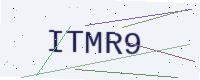
Text: ITMR9